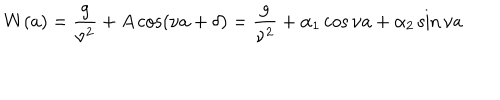
LaTeX: W ( a ) = \frac { g } { \nu ^ { 2 } } + A \cos ( \nu a + \delta ) = \frac { g } { \nu ^ { 2 } } + \alpha _ { 1 } \cos \nu a + \alpha _ { 2 } \sin \nu a